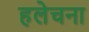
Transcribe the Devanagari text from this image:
हलेचना